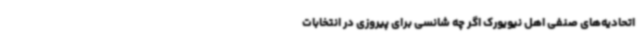
اتحادیه‌های صنفی اهل نیویورک اگر چه شانسی برای پیروزی در انتخابات